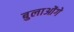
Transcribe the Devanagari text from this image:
बुलाओंगे